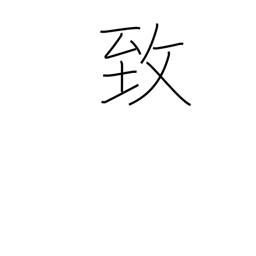
Meaning: incur